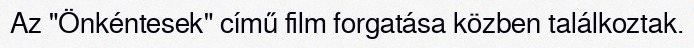
Az "Önkéntesek" című film forgatása közben találkoztak.